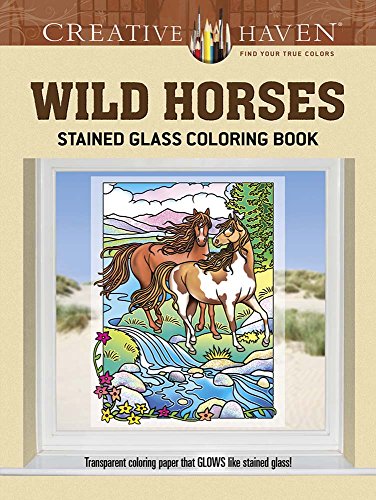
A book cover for Creative Haven Wild Horses Stained Glass Coloring Book (Creative Haven Coloring Books); Marty Noble; Crafts, Hobbies & Home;